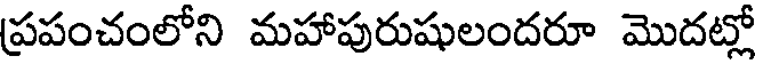
ప్రపంచంలోని మహాపురుషులందరూ మొదట్లో